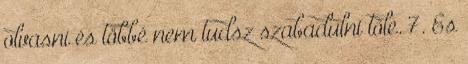
olvasni és többé nem tudsz szabadulni tőle. 7. És